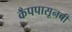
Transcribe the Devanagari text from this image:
कँपपासूनची